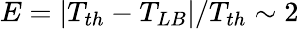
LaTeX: E=|T_{th}-T_{LB}|/T_{th}\sim 2\